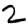
Digit: 2